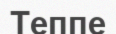
Теппе